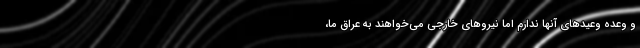
و وعده وعیدهای آنها ندارم اما نیروهای خارجی می‌خواهند به عراق ما،